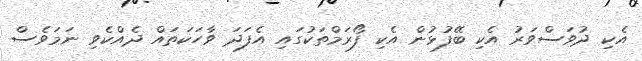
އެކި ދުވަސްވަރު އެކި ބޭފުޅުން އެކި ފޯރަމްތަކުގައި އެފަދަ ވާހަކަތައް ދެއްކެވި ނަމަވެސް